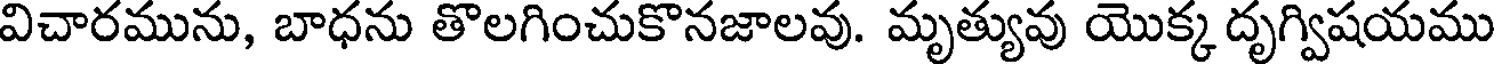
విచారమును, బాధను తొలగించుకొనజాలవు. మృత్యువు యొక్క దృగ్విషయము